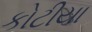
કોટીયા